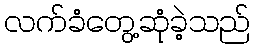
လက်ခံတွေ့ဆုံခဲ့သည်